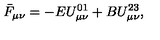
\bar { F } _ { \mu \nu } = - E U _ { \mu \nu } ^ { 0 1 } + B U _ { \mu \nu } ^ { 2 3 } ,